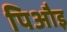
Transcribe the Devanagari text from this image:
पिऔइ